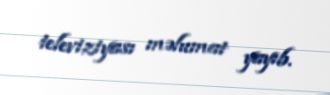
televiziyası məlumat yayıb.